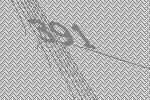
391